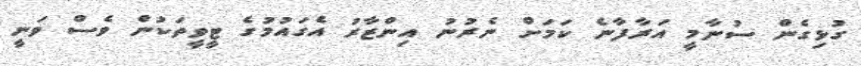
ގުޅިގެން ސުނާމީ އަރާފާނެ ކަމަށް ނެރުނު އިންޒާރު އެގައުމުގެ ޓީވީތަކުން ވެސް ވަނީ